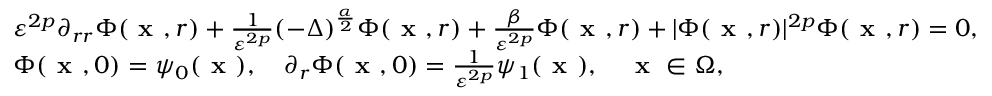
\begin{array} { r l } & { \varepsilon ^ { 2 p } \partial _ { r r } \Phi ( \textbf { x } , r ) + \frac { 1 } { \varepsilon ^ { 2 p } } ( - \Delta ) ^ { \frac { \alpha } { 2 } } \Phi ( \textbf { x } , r ) + \frac { \beta } { \varepsilon ^ { 2 p } } \Phi ( \textbf { x } , r ) + | \Phi ( \textbf { x } , r ) | ^ { 2 p } \Phi ( \textbf { x } , r ) = 0 , } \\ & { \Phi ( \textbf { x } , 0 ) = \psi _ { 0 } ( \textbf { x } ) , \quad \partial _ { r } \Phi ( \textbf { x } , 0 ) = \frac { 1 } { \varepsilon ^ { 2 p } } \psi _ { 1 } ( \textbf { x } ) , \quad \textbf { x } \in \Omega , } \end{array}